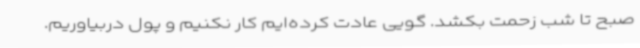
صبح تا شب زحمت بکشد. گویی عادت کرده‌ایم کار نکنیم و پول دربیاوریم.